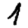
Digit: 1